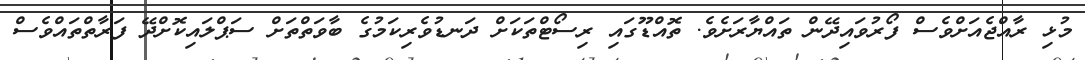
މުޅި ރާއްޖެއަށްވެސް ފޯރުވައިދޭން ތައްޔާރަށެވެ. ތޮއްޑޫގައި ރިސޯޓްތަކަށް ދަނޑުވެރިކަމުގެ ބާވަތްތަށް ސަޕްލައިކޮށްދޭ ފަރާތްތައްވެސް